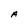
Character: A